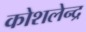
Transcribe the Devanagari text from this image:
कोशलेन्द्र